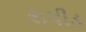
રાપીડ